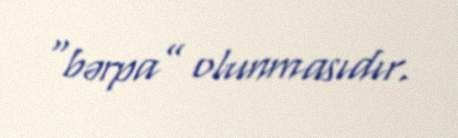
“bərpa” olunmasıdır.